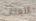
اللعنات